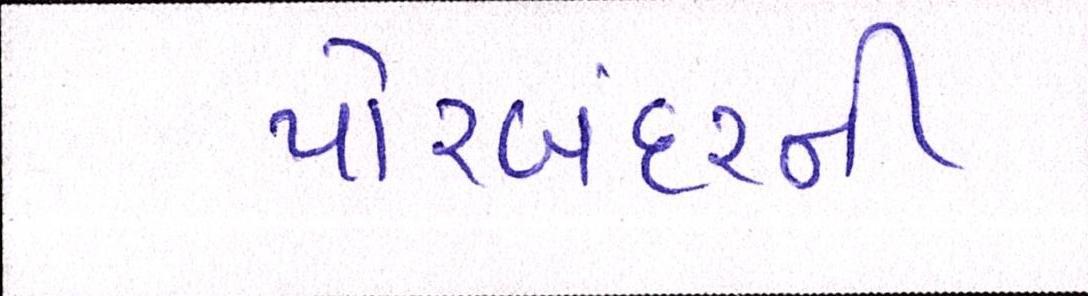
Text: પોરબંદરની